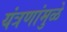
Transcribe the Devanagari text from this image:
यंत्रणांमुळे